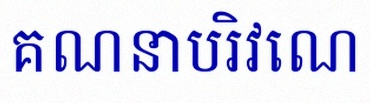
គណនាបរិវេណ